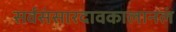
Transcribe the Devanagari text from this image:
सर्वसंसारदावकालानलं